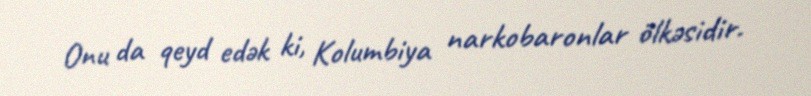
Onu da qeyd edək ki, Kolumbiya narkobaronlar ölkəsidir.